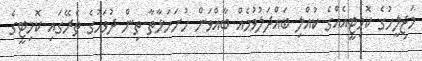
މަޖިލީހުގެ ކޮމިޓީއެއްގެ ކުއްލި ބައްދަލުވުމެއް ބާއްވަން ހުށަހަޅާތާ ތިން ދުވަހުގެ ތެރޭގައި ކޮމިޓީގެ